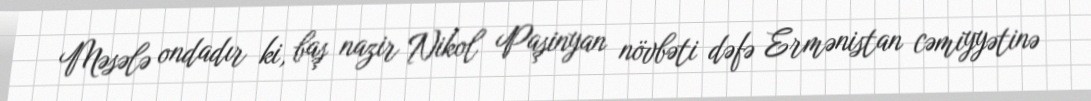
Məsələ ondadır ki, baş nazir Nikol Paşinyan növbəti dəfə Ermənistan cəmiyyətinə